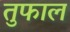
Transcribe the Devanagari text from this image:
तुफाल